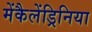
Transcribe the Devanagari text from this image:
मेंकैलेंड्रिनिया